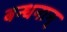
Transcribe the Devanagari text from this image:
बन्धनान्